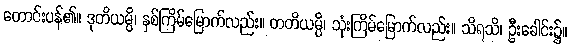
တောင်းပန်၏။ ဒုတိယမ္ပိ၊ နှစ်ကြိမ်မြောက်လည်း။ တတိယမ္ပိ၊ သုံးကြိမ်မြောက်လည်း။ သိရသိ၊ ဦးခေါင်း၌။